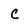
Character: C